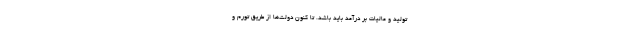
تولید و مالیات بر درآمد باید باشد. تا کنون دولت‌ها از طریق تورم و